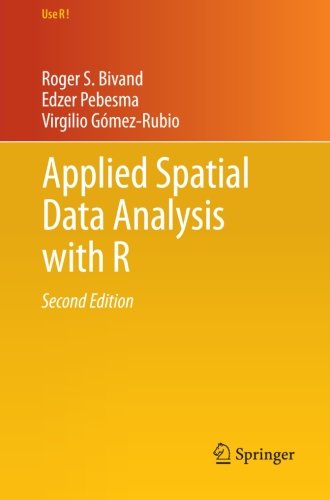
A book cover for Applied Spatial Data Analysis with R (Use R!); Roger S. Bivand; Medical Books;